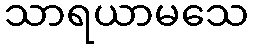
သာရယာမသေ